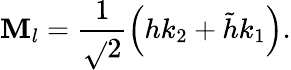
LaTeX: \mathbf{M}_{l}=\frac{{1}}{{\sqrt{}{{2}}}}\left(hk_{2}+\tilde{{h}}k_{1}\right).